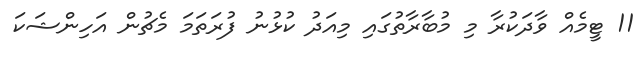
11 ޓީމެއް ވާދަކުރާ މި މުބާރާތުގައި މިއަދު ކުޅުނު ފުރަތަމަ މެޗުން އަހިންޝަކަ